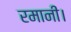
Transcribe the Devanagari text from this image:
रमानी।